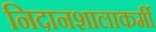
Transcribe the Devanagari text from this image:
निदानशालाकर्मी